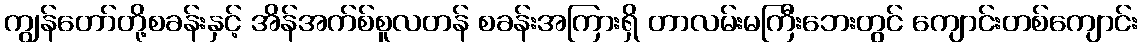
ကျွန်တော်တို့စခန်းနှင့် အိန်အက်စ်စူလတန် စခန်းအကြားရှိ တာလမ်းမကြီးဘေးတွင် ကျောင်းတစ်ကျောင်း